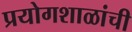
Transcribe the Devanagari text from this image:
प्रयोगशाळांची